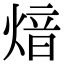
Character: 𤋾